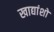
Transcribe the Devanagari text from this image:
खाद्यांशों